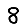
Digit: 8